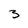
Character: 3